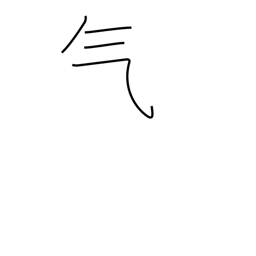
Meaning: steam radical (no. 84)